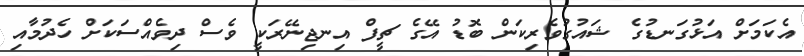
އެކަމަށް އަޅުގަނޑުގެ ޝައުގުވެރިކަން ބޮޑު އޭގެ ޗީފް އިނޖިނޭރަކީ ވެސް ދިވެއްސަކަށް ހެދުމާއި